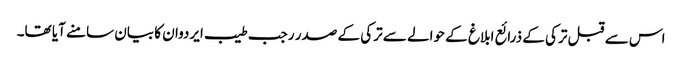
اس سے قبل ترکی کے ذرائع ابلاغ کے حوالے سے ترکی کے صدر رجب طیب ایردوان کا بیان سامنے آیا تھا۔